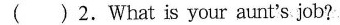
( ) 2.What is your aunt's job?